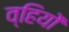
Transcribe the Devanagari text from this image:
व्हियों